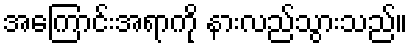
အကြောင်းအရာကို နားလည်သွားသည်။